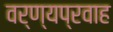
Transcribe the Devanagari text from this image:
वर्ण्यप्रवाह